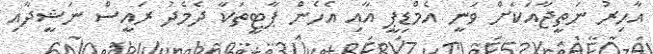
އާހިރު ނަތީޖާއަކަށް ވަނީ އެމްޑިޕީ އާއި އެހެން ޕާޓީތަކާ ދެމެދު ރައީސް ނަޝީދާއި